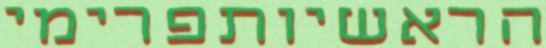
הראשיותפרימי